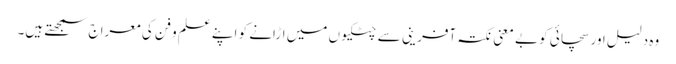
وہ دلیل اور سچائی کو بے معنی نکتہ آفرینی سے چٹکیوں میں اڑانے کو اپنے علم و فن کی معراج سمجھتے ہیں۔